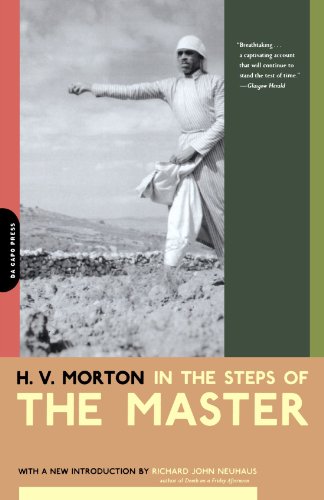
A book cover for In The Steps Of The Master; H. V. Morton; Travel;